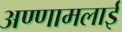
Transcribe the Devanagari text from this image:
अण्णामलाई